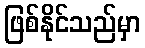
ဖြစ်နိုင်သည်မှာ